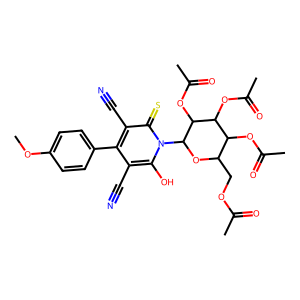
SMILES: COc1ccc(-c2c(C#N)c(O)n(C3OC(COC(C)=O)C(OC(C)=O)C(OC(C)=O)C3OC(C)=O)c(=S)c2C#N)cc1
Inhibits HIV replication: No